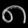
Digit: ၈